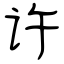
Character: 许